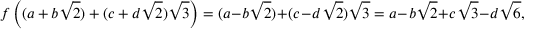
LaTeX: f \left( ( a + b { \sqrt { 2 } } ) + ( c + d { \sqrt { 2 } } ) { \sqrt { 3 } } \right) = ( a - b { \sqrt { 2 } } ) + ( c - d { \sqrt { 2 } } ) { \sqrt { 3 } } = a - b { \sqrt { 2 } } + c { \sqrt { 3 } } - d { \sqrt { 6 } } ,